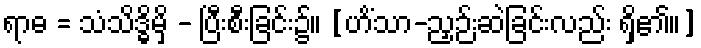
ရာဓ = သံသိဒ္ဓိမှိ - ပြီးစီးခြင်း၌။ [ဟိံသာ-ညှဉ်းဆဲခြင်းလည်း ရှိ၏။]